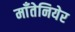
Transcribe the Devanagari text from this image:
माँतेनियेर